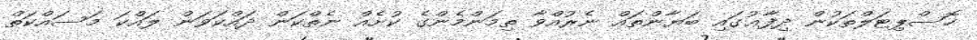
ހޮސްޕިޓަލްތަކުން ދިފާޢުގައި ބަޔާންތައް ނެރުއްވާ ތިމަންމެންގެ ކުށެއް ނެތްކަން ދައްކަވަން ލައްކަ މަސައްކަތް